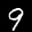
Label: 9